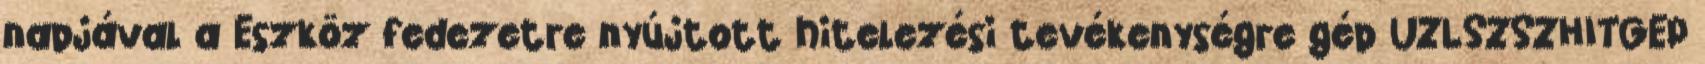
napjával a Eszköz fedezetre nyújtott hitelezési tevékenységre gép UZLSZSZHITGEP